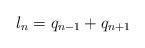
LaTeX: \begin{align*}l_{n}=q_{n-1}+q_{n+1}\,\end{align*}